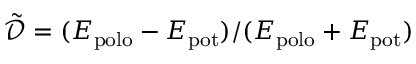
\tilde { \mathcal { D } } = ( E _ { \mathrm { p o l o } } - E _ { \mathrm { p o t } } ) / ( E _ { \mathrm { p o l o } } + E _ { \mathrm { p o t } } )